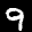
Label: 9